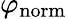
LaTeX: \varphi_{\mathrm{norm}}